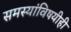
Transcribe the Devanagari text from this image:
समस्यांविषयीही